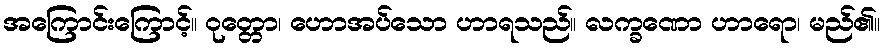
အကြောင်းကြောင့်။ ဝုတ္တော၊ ဟောအပ်သော ဟာရသည်။ လက္ခဏော ဟာရော၊ မည်၏။